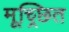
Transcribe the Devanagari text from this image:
मूच्र्छित